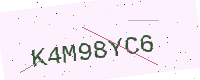
Text: K4M98YC6